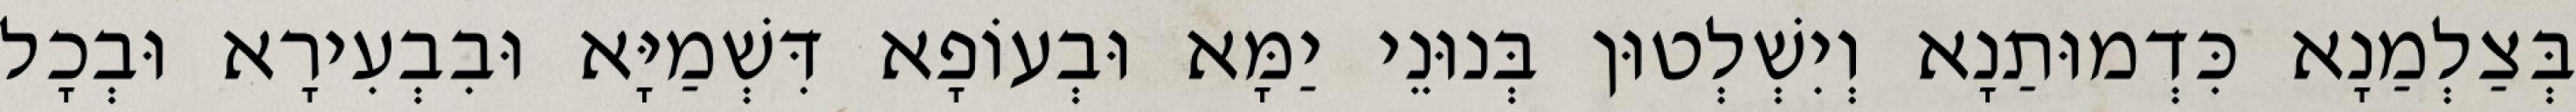
בְּצַלְמַנָא כִּדְמוּתַנָא וְיִשְׁלְטוּן בְּנוּנֵי יַמָּא וּבְעוֹפָא דִּשְׁמַיָּא וּבִבְעִירָא וּבְכָל